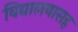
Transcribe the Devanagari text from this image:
विद्यालयासह